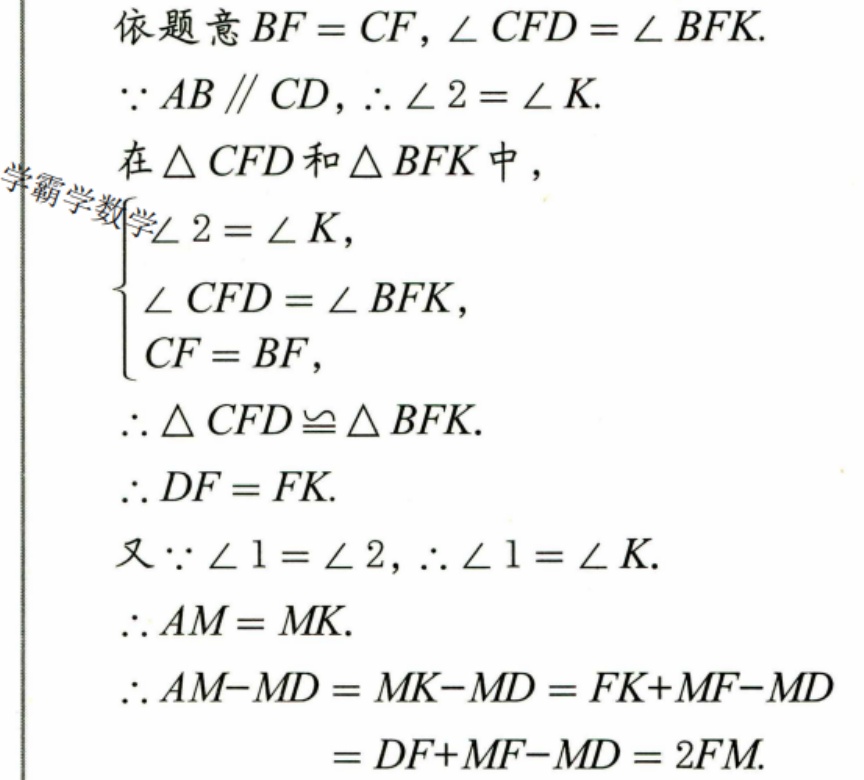
依题意\(BF = CF,\angle CFD=\angle BFK.\)
\(\because AB\parallel CD,\therefore\angle 2=\angle K.\)
在\(\triangle CFD\)和\(\triangle BFK\)中，
\(\begin{cases}\angle 2=\angle K,\\\angle CFD=\angle BFK,\\CF = BF,\end{cases}\)
\(\therefore\triangle CFD\cong\triangle BFK.\)
\(\therefore DF = FK.\)
又\(\because\angle 1=\angle 2,\therefore\angle 1=\angle K.\)
\(\therefore AM = MK.\)
\(\therefore AM - MD=MK - MD=FK + MF - MD\)
\(=DF + MF - MD = 2FM.\)